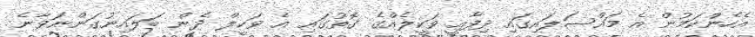
އެހެންކަމުން އެ މައްސަލައިގައި ދިފާއީ ވަކީލެއްގެ ގޮތުގައި އެ ވަކީލް ދެން ބަލައިނުގަންނަވާނެ